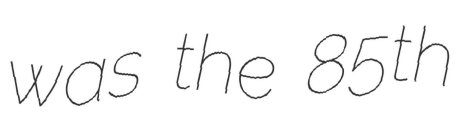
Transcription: was the 85th